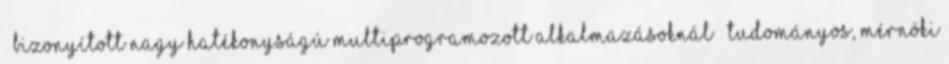
● Bizonyított nagy hatékonyságú multiprogramozott alkalmazásoknál – Tudományos, mérnöki